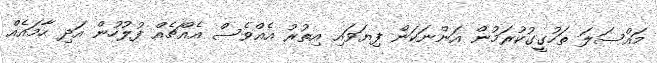
މައްސަލަ ތަހުގީގުކުރަމުން އަންނަކަން ފިޔަވައި އިތުރު އެއްވެސް އެއްޗެއް ފުލުހުން އަދި ހާމައެއް